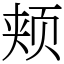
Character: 颊